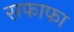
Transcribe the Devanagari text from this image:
सफाफा